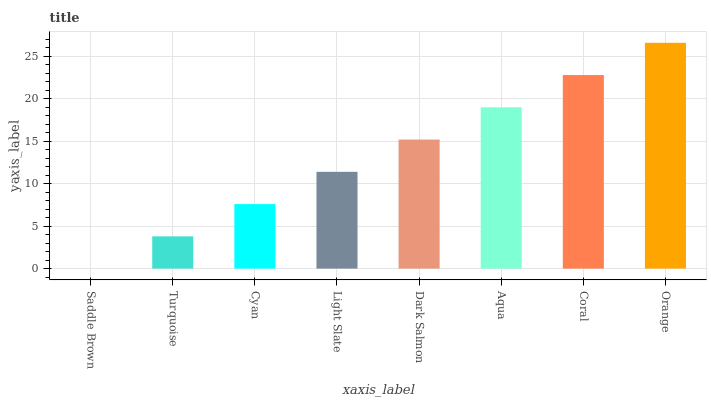
| xaxis_label | bars |
 | --- | --- |
 | Saddle Brown | 0 |
 | Turquoise | 3.8 |
 | Cyan | 7.59 |
 | Light Slate | 11.4 |
 | Dark Salmon | 15.2 |
 | Aqua | 19 |
 | Coral | 22.8 |
 | Orange | 26.6 |